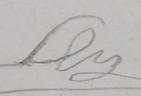
Signature authenticity: forged